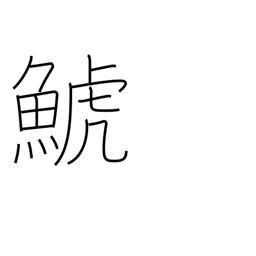
Meaning: killer whale